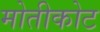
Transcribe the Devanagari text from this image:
मोतीकोट